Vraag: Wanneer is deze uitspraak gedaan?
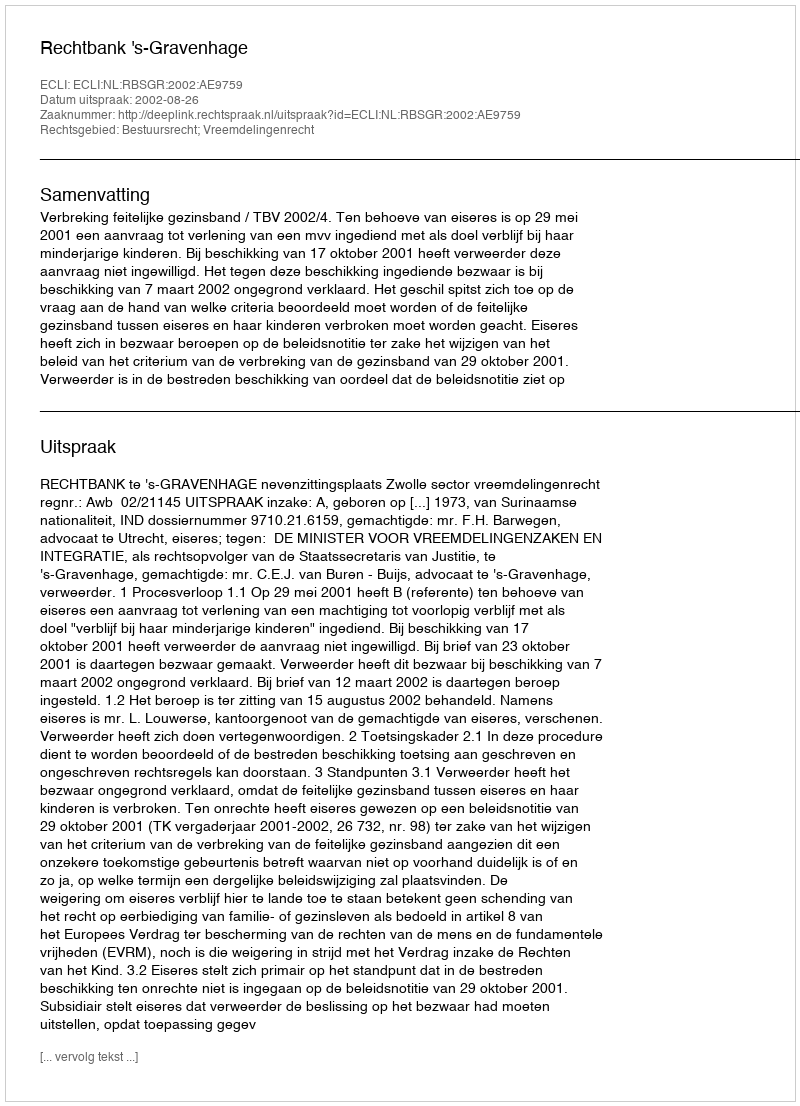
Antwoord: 2002-08-26